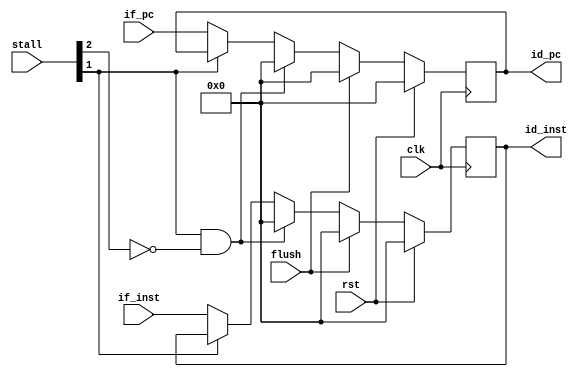
`timescale 1ns / 1ps
//////////////////////////////////////////////////////////////////////////////////
// Company: 
// Engineer: 
// 
// Design Name: 
// Module Name:    INRE 
// Project Name: 
// Target Devices: 
// Tool versions: 
// Description: 
//
// Dependencies: 
//
// Revision: 
// Revision 0.01 - File Created
// Additional Comments: 
//
//////////////////////////////////////////////////////////////////////////////////
module IFID(

input clk,
input rst,
input [5:0] stall,
input [31:0] if_pc,
input [31:0] if_inst,

input flush,

output reg [31:0] id_pc,
output reg [31:0] id_inst
);
always @(posedge clk)begin
if(rst)begin 
    id_pc <= 32'h00000000;
	 id_inst <= 32'h00000000;
	 end
else if(flush == 1'b1) begin
    id_pc <= 32'h00000000;
	 id_inst <= 32'h00000000;
	 end
else if(stall[1] == 1 && stall[2] == 0)begin
    id_pc <= 32'h00000000;
	 id_inst <= 32'h00000000;
	 end
else if(stall[1] == 0)begin
    id_pc <= if_pc;
	 id_inst <= if_inst;
    end
end



endmodule